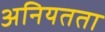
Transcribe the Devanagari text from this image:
अनियतता